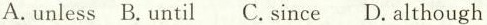
A. unless B. Until C. since D. although